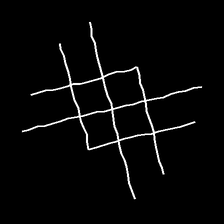
Glyph: crystal